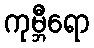
ကုမ္ဘီရော